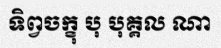
ទិព្វចក្ខុ បុ បុគ្គល ណា